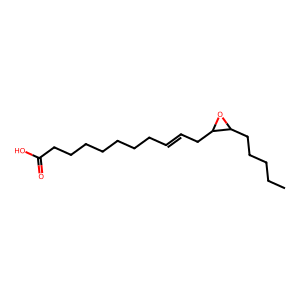
SMILES: CCCCCC1OC1CC=CCCCCCCCC(=O)O
Inhibits HIV replication: No